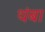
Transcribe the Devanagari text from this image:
थंबा